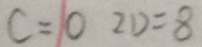
C = 0 2 D = 8